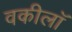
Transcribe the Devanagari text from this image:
वकीलॉ